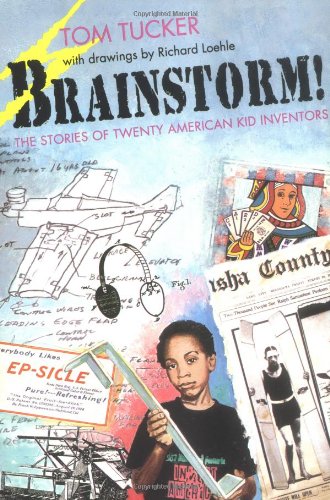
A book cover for Brainstorm!: The Stories of Twenty American Kid Inventors; Tom Tucker; Children's Books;